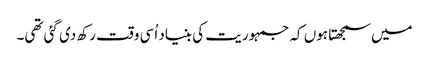
میں سمجھتا ہوں کہ جمہوریت کی بنیاد اُسی وقت رکھ دی گئی تھی۔